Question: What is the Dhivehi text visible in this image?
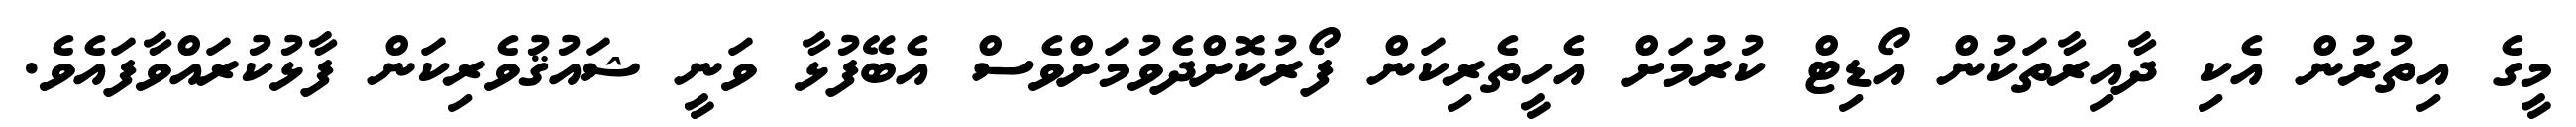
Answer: މީގެ އިތުރުން އެކި ދާއިރާތަކުން އޯޑިޓް ކުރުމަށް އެހީތެރިކަން ފޯރުކޮށްދެވުމަށްވެސް އެބޭފުޅާ ވަނީ ޝައުޤުވެރިކަން ފާޅުކުރައްވާފައެވެ.